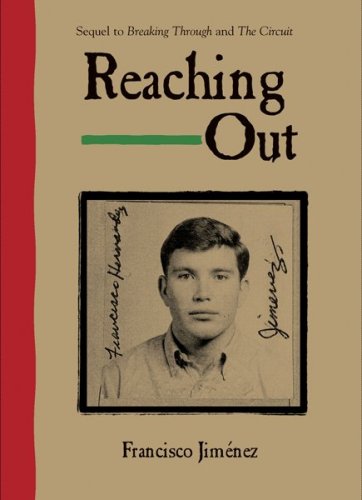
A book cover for Reaching Out; Francisco JimÃ©nez; Teen & Young Adult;